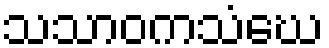
သသာဝကသံဃေ